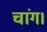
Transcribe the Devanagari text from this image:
चांग।